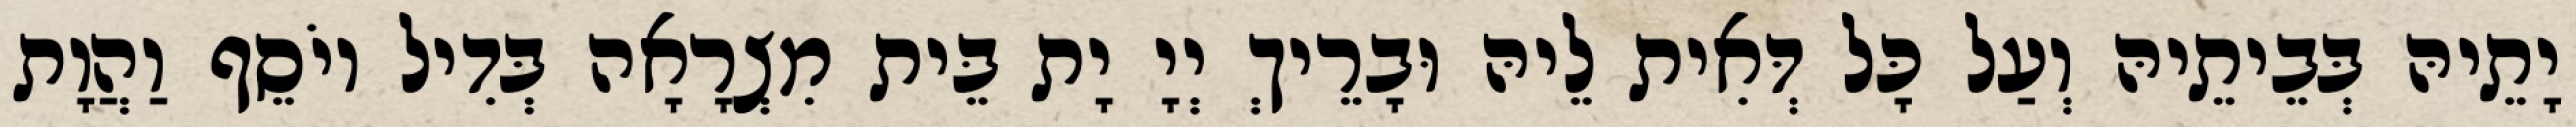
יָתֵיהּ בְּבֵיתֵיהּ וְעַל כָּל דְּאִית לֵיהּ וּבָרֵיךְ יְיָ יָת בֵּית מִצְרָאָה בְּדִיל יוֹסֵף וַהֲוָת